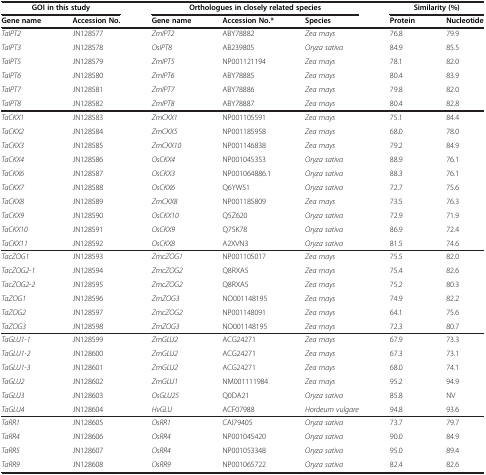
<table><thead><tr><td colspan="2"><b>GOI in this study</b></td><td colspan="3"><b>Orthologues in closely related species</b></td><td colspan="2"><b>Similarity (%)</b></td></tr><tr><td><b>Gene name</b></td><td><b>Accession No.</b></td><td><b>Gene name</b></td><td><b>Accession No.*</b></td><td><b>Species</b></td><td><b>Protein</b></td><td><b>Nucleotide</b></td></tr></thead><tbody><tr><td><i>TaIPT2</i></td><td>JN128577</td><td><i>ZmIPT2</i></td><td>ABY78882</td><td><i>Zea mays</i></td><td>76.8</td><td>79.9</td></tr><tr><td><i>TaIPT3</i></td><td>JN128578</td><td><i>OsIPT8</i></td><td>AB239805</td><td><i>Oryza sativa</i></td><td>84.9</td><td>85.5</td></tr><tr><td><i>TaIPT5</i></td><td>JN128579</td><td><i>ZmIPT5</i></td><td>NP001121194</td><td><i>Zea mays</i></td><td>78.1</td><td>82.0</td></tr><tr><td><i>TaIPT6</i></td><td>JN128580</td><td><i>ZmIPT6</i></td><td>ABY78885</td><td><i>Zea mays</i></td><td>80.4</td><td>83.9</td></tr><tr><td><i>TaIPT7</i></td><td>JN128581</td><td><i>ZmIPT7</i></td><td>ABY78886</td><td><i>Zea mays</i></td><td>79.8</td><td>82.0</td></tr><tr><td><i>TaIPT8</i></td><td>JN128582</td><td><i>ZmIPT8</i></td><td>ABY78887</td><td><i>Zea mays</i></td><td>80.4</td><td>82.8</td></tr><tr><td><i>TaCKX1</i></td><td>JN128583</td><td><i>ZmCKX1</i></td><td>NP001105591</td><td><i>Zea mays</i></td><td>75.1</td><td>84.4</td></tr><tr><td><i>TaCKX2</i></td><td>JN128584</td><td><i>ZmCKX5</i></td><td>NP001185958</td><td><i>Zea mays</i></td><td>68.0</td><td>78.0</td></tr><tr><td><i>TaCKX3</i></td><td>JN128585</td><td><i>ZmCKX10</i></td><td>NP001146838</td><td><i>Zea mays</i></td><td>79.2</td><td>84.9</td></tr><tr><td><i>TaCKX4</i></td><td>JN128586</td><td><i>OsCKX4</i></td><td>NP001045353</td><td><i>Oryza sativa</i></td><td>88.9</td><td>76.1</td></tr><tr><td><i>TaCKX6</i></td><td>JN128587</td><td><i>OsCKX3</i></td><td>NP001064886.1</td><td><i>Oryza sativa</i></td><td>88.3</td><td>76.1</td></tr><tr><td><i>TaCKX7</i></td><td>JN128588</td><td><i>OsCKX6</i></td><td>Q6YW51</td><td><i>Oryza sativa</i></td><td>72.7</td><td>75.6</td></tr><tr><td><i>TaCKX8</i></td><td>JN128589</td><td><i>ZmCKX8</i></td><td>NP001185809</td><td><i>Zea mays</i></td><td>73.5</td><td>76.3</td></tr><tr><td><i>TaCKX9</i></td><td>JN128590</td><td><i>OsCKX10</i></td><td>Q5Z620</td><td><i>Oryza sativa</i></td><td>72.9</td><td>71.9</td></tr><tr><td><i>TaCKX10</i></td><td>JN128591</td><td><i>OsCKX9</i></td><td>Q75K78</td><td><i>Oryza sativa</i></td><td>86.9</td><td>72.4</td></tr><tr><td><i>TaCKX11</i></td><td>JN128592</td><td><i>OsCKX8</i></td><td>A2XVN3</td><td><i>Oryza sativa</i></td><td>81.5</td><td>74.6</td></tr><tr><td><i>TacZOG1</i></td><td>JN128593</td><td><i>ZmcZOG1</i></td><td>NP001105017</td><td><i>Zea mays</i></td><td>75.5</td><td>82.0</td></tr><tr><td><i>TacZOG2-1</i></td><td>JN128594</td><td><i>ZmcZOG2</i></td><td>Q8RXA5</td><td><i>Zea mays</i></td><td>75.4</td><td>82.6</td></tr><tr><td><i>TacZOG2-2</i></td><td>JN128595</td><td><i>ZmcZOG2</i></td><td>Q8RXA5</td><td><i>Zea mays</i></td><td>75.2</td><td>80.3</td></tr><tr><td><i>TaZOG1</i></td><td>JN128596</td><td><i>ZmZOG3</i></td><td>NO001148195</td><td><i>Zea mays</i></td><td>74.9</td><td>82.2</td></tr><tr><td><i>TaZOG2</i></td><td>JN128597</td><td><i>ZmcZOG2</i></td><td>NP001148091</td><td><i>Zea mays</i></td><td>64.1</td><td>75.6</td></tr><tr><td><i>TaZOG3</i></td><td>JN128598</td><td><i>ZmZOG3</i></td><td>NO001148195</td><td><i>Zea mays</i></td><td>72.3</td><td>80.7</td></tr><tr><td><i>TaGLU1-1</i></td><td>JN128599</td><td><i>ZmGLU2</i></td><td>ACG24271</td><td><i>Zea mays</i></td><td>67.9</td><td>73.3</td></tr><tr><td><i>TaGLU1-2</i></td><td>JN128600</td><td><i>ZmGLU2</i></td><td>ACG24271</td><td><i>Zea mays</i></td><td>67.3</td><td>73.1</td></tr><tr><td><i>TaGLU1-3</i></td><td>JN128601</td><td><i>ZmGLU2</i></td><td>ACG24271</td><td><i>Zea mays</i></td><td>68.0</td><td>74.1</td></tr><tr><td><i>TaGLU2</i></td><td>JN128602</td><td><i>ZmGLU1</i></td><td>NM001111984</td><td><i>Zea mays</i></td><td>95.2</td><td>94.9</td></tr><tr><td><i>TaGLU3</i></td><td>JN128603</td><td><i>OsGLU25</i></td><td>Q0DA21</td><td><i>Oryza sativa</i></td><td>85.8</td><td>NV</td></tr><tr><td><i>TaGLU4</i></td><td>JN128604</td><td><i>HvGLU</i></td><td>ACF07988</td><td><i>Hordeum vulgare</i></td><td>94.8</td><td>93.6</td></tr><tr><td><i>TaRR1</i></td><td>JN128605</td><td><i>OsRR1</i></td><td>CAI79405</td><td><i>Oryza sativa</i></td><td>73.7</td><td>79.7</td></tr><tr><td><i>TaRR4</i></td><td>JN128606</td><td><i>OsRR4</i></td><td>NP001045420</td><td><i>Oryza sativa</i></td><td>90.0</td><td>84.9</td></tr><tr><td><i>TaRR5</i></td><td>JN128607</td><td><i>OsRR4</i></td><td>NP001053348</td><td><i>Oryza sativa</i></td><td>95.0</td><td>89.4</td></tr><tr><td><i>TaRR9</i></td><td>JN128608</td><td><i>OsRR9</i></td><td>NP001065722</td><td><i>Oryza sativa</i></td><td>82.4</td><td>82.6</td></tr></tbody></table>